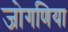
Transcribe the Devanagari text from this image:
जोगणिया